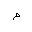
Letter: _mim